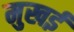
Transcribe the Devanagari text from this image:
मुखई